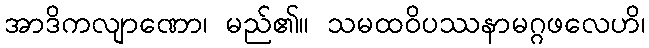
အာဒိကလျာဏော၊ မည်၏။ သမထဝိပဿနာမဂ္ဂဖလေဟိ၊